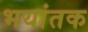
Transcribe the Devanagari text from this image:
भयांतक